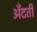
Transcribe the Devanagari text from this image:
अँटती